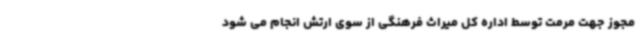
مجوز جهت مرمت توسط اداره کل میراث فرهنگی از سوی ارتش انجام می شود